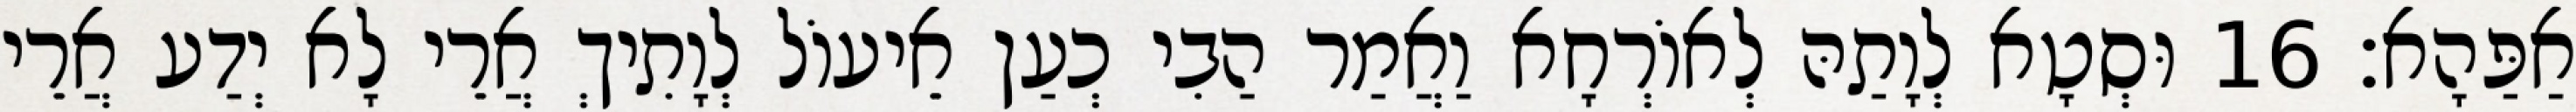
אַפַּהָא׃ 16 וּסְטָא לְוָתַהּ לְאוֹרְחָא וַאֲמַר הַבִי כְעַן אֵיעוֹל לְוָתִיךְ אֲרֵי לָא יְדַע אֲרֵי